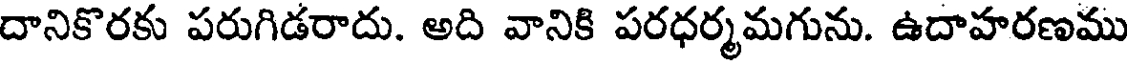
దానికొరకు పరుగిడరాదు. అది వానికి పరధర్మమగును. ఉదాహరణము